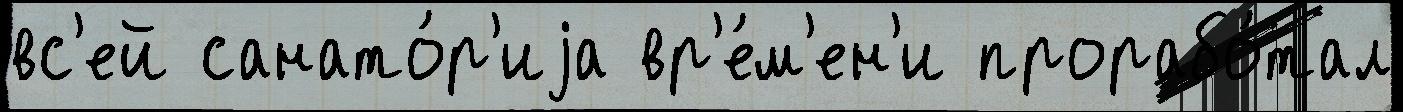
вс'ей санато́р'иjа вр'е́м'ен'и прорабо́тал